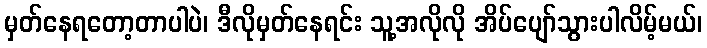
မှတ်နေရတော့တာပါပဲ၊ ဒီလိုမှတ်နေရင်း သူ့အလိုလို အိပ်ပျော်သွားပါလိမ့်မယ်၊